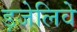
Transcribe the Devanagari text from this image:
ड़जेलिवे